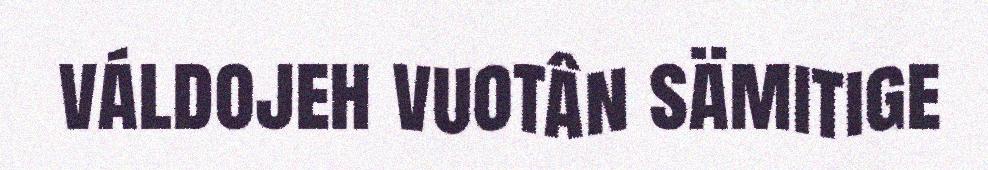
váldojeh vuotân sämitige